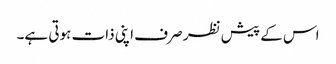
اس کے پیش نظر صرف اپنی ذات ہوتی ہے۔